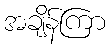
အချိန်ကြာ